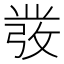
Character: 𭛁